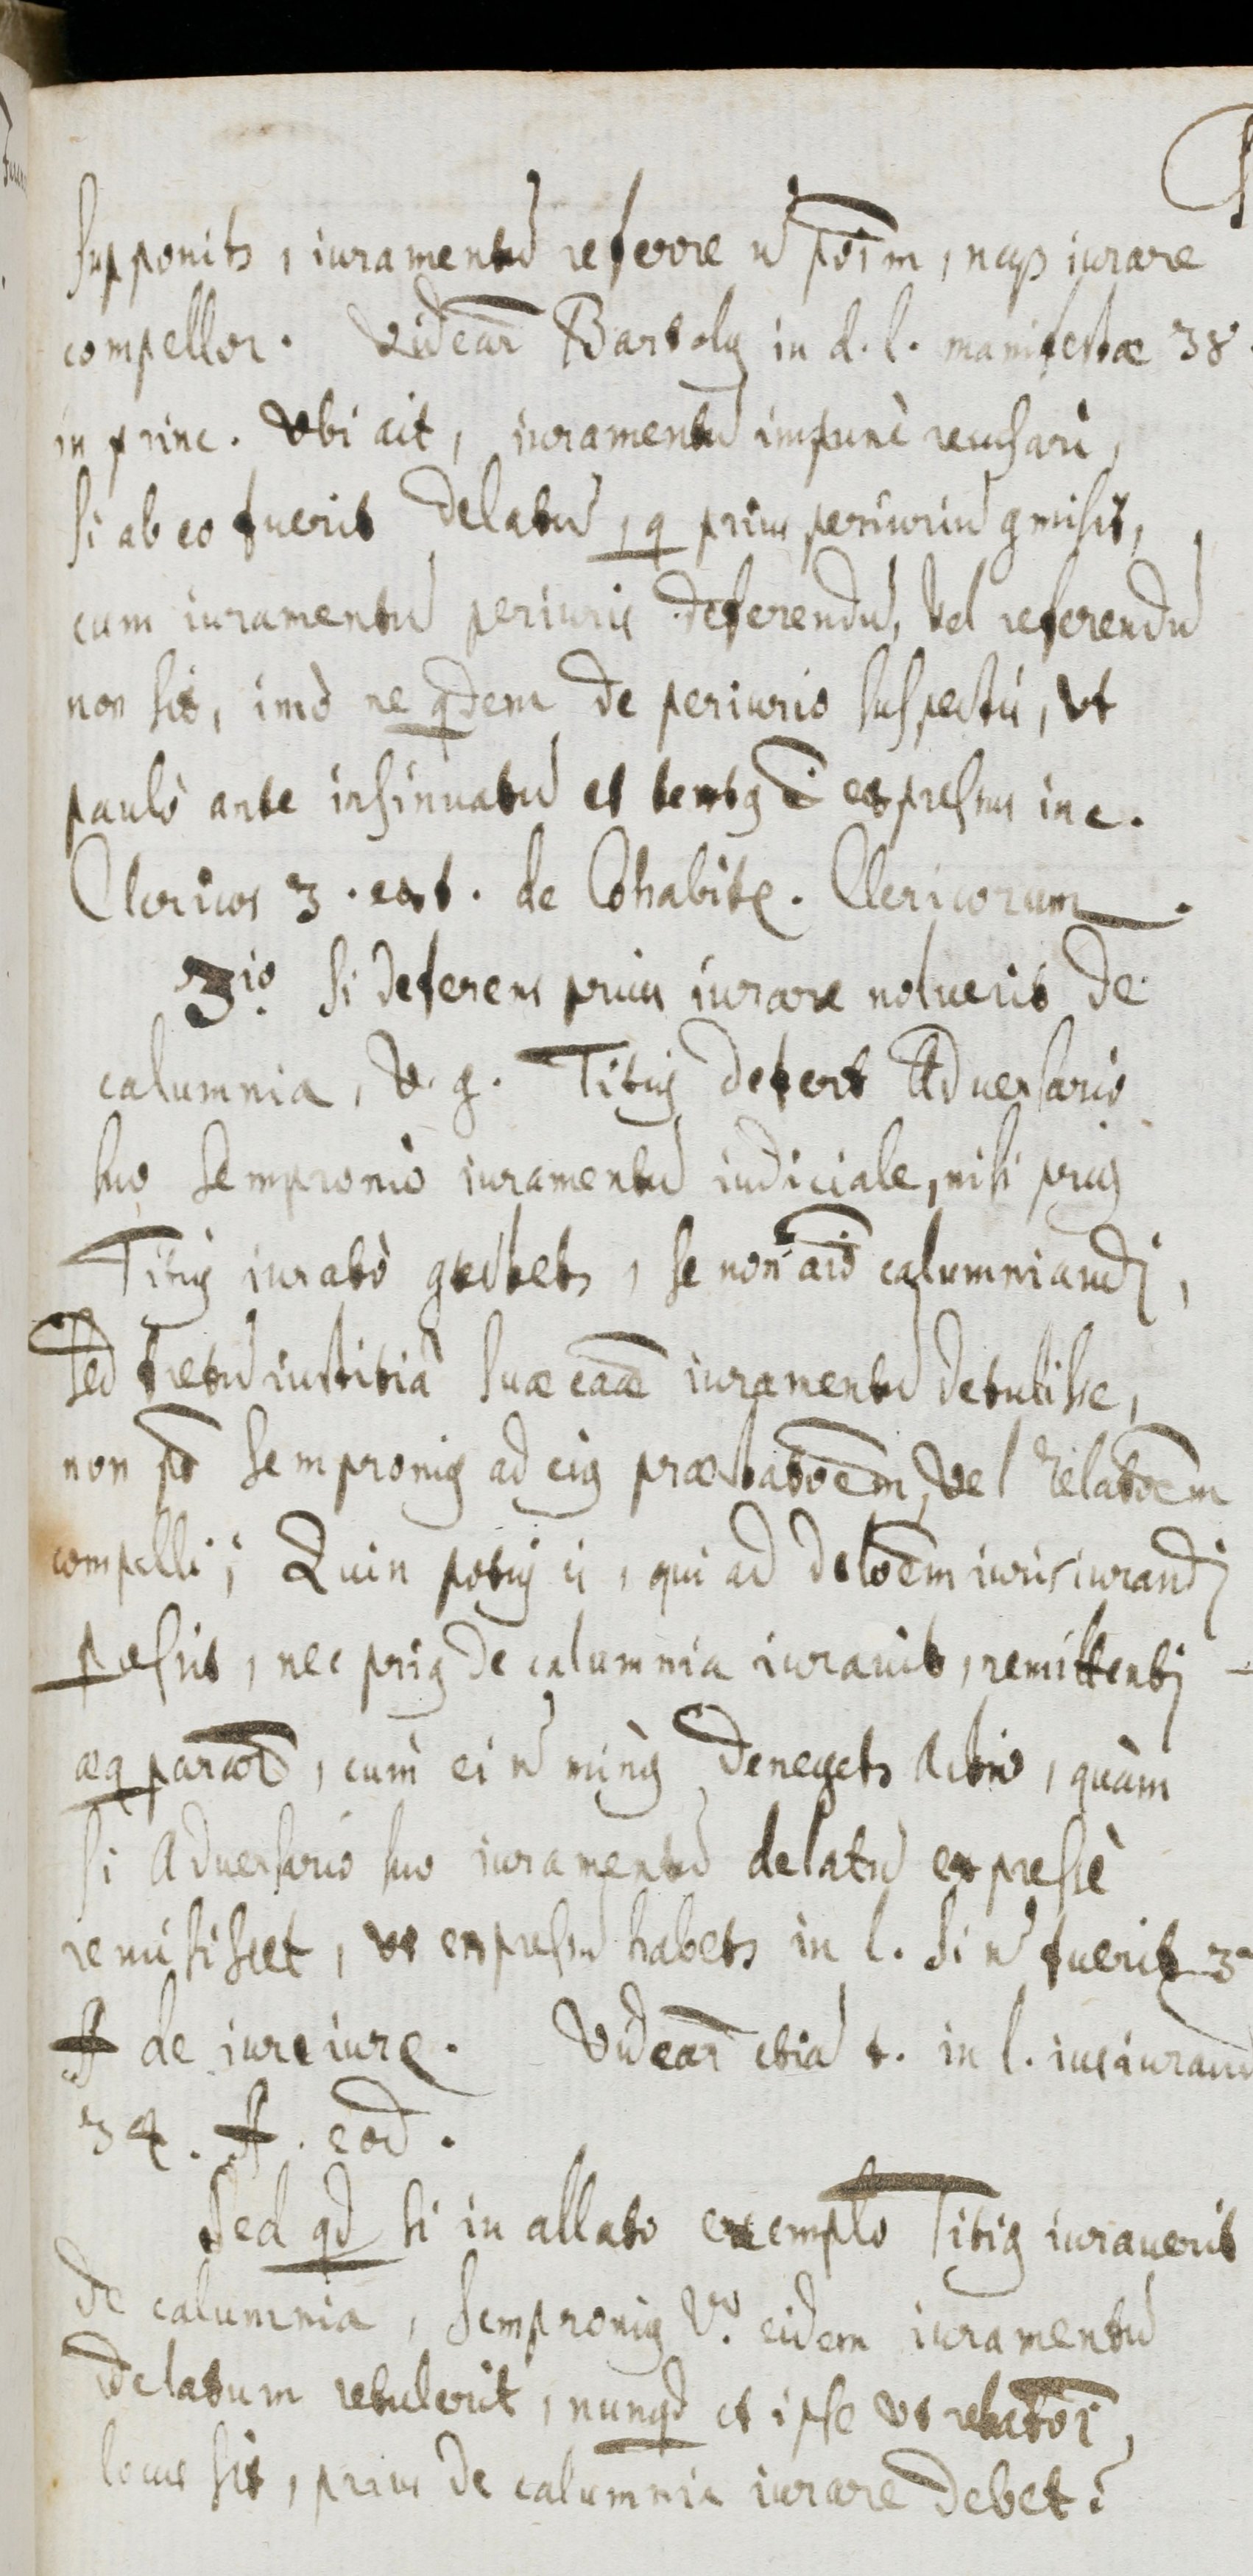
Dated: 1655–1655